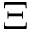
\Xi